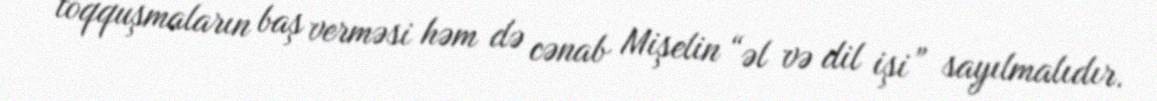
toqquşmaların baş verməsi həm də cənab Mişelin “əl və dil işi” sayılmalıdır.